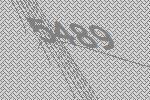
5489